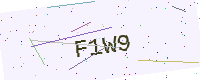
Text: F1W9